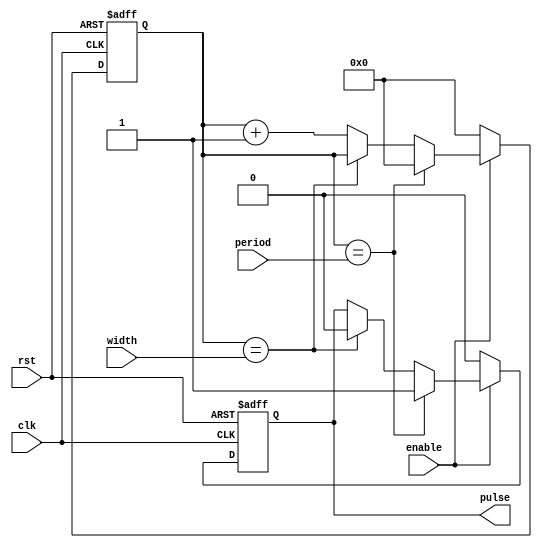
module SimplePulseGenerator (
    input wire clk,
    input wire rst,
    input wire enable,
    input wire [3:0] period,
    input wire [3:0] width,
    output reg pulse
);

reg [3:0] count;

always @(posedge clk or posedge rst) begin
    if (rst) begin
        count <= 4'b0;
        pulse <= 1'b0;
    end else begin
        if (enable) begin
            if (count == period) begin
                count <= 4'b0;
                pulse <= 1'b1;
            end else if (count == width) begin
                pulse <= 1'b0;
            end else begin
                count <= count + 4'b1;
            end
        end else begin
            count <= 4'b0;
            pulse <= 1'b0;
        end
    end
end

endmodule